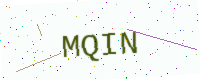
Text: MQIN